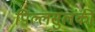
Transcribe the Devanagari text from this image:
पिल्लसुलंकी